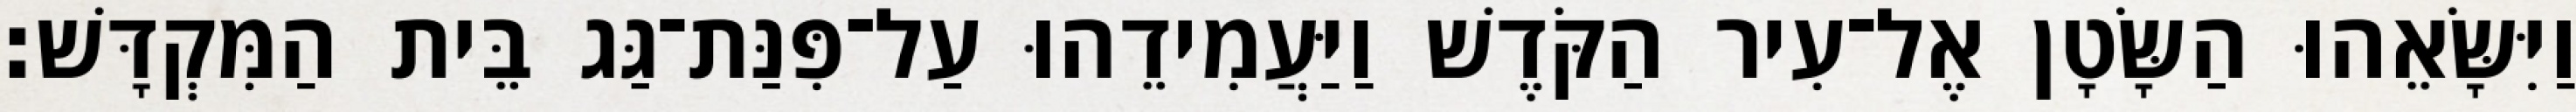
וַיִּשָּׂאֵהוּ הַשָּׂטָן אֶל־עִיר הַקֹּדֶשׁ וַיַּעֲמִידֵהוּ עַל־פִּנַּת־גַּג בֵּית הַמִּקְדָּשׁ׃